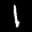
Label: 1